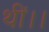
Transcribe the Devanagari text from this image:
थीं।।